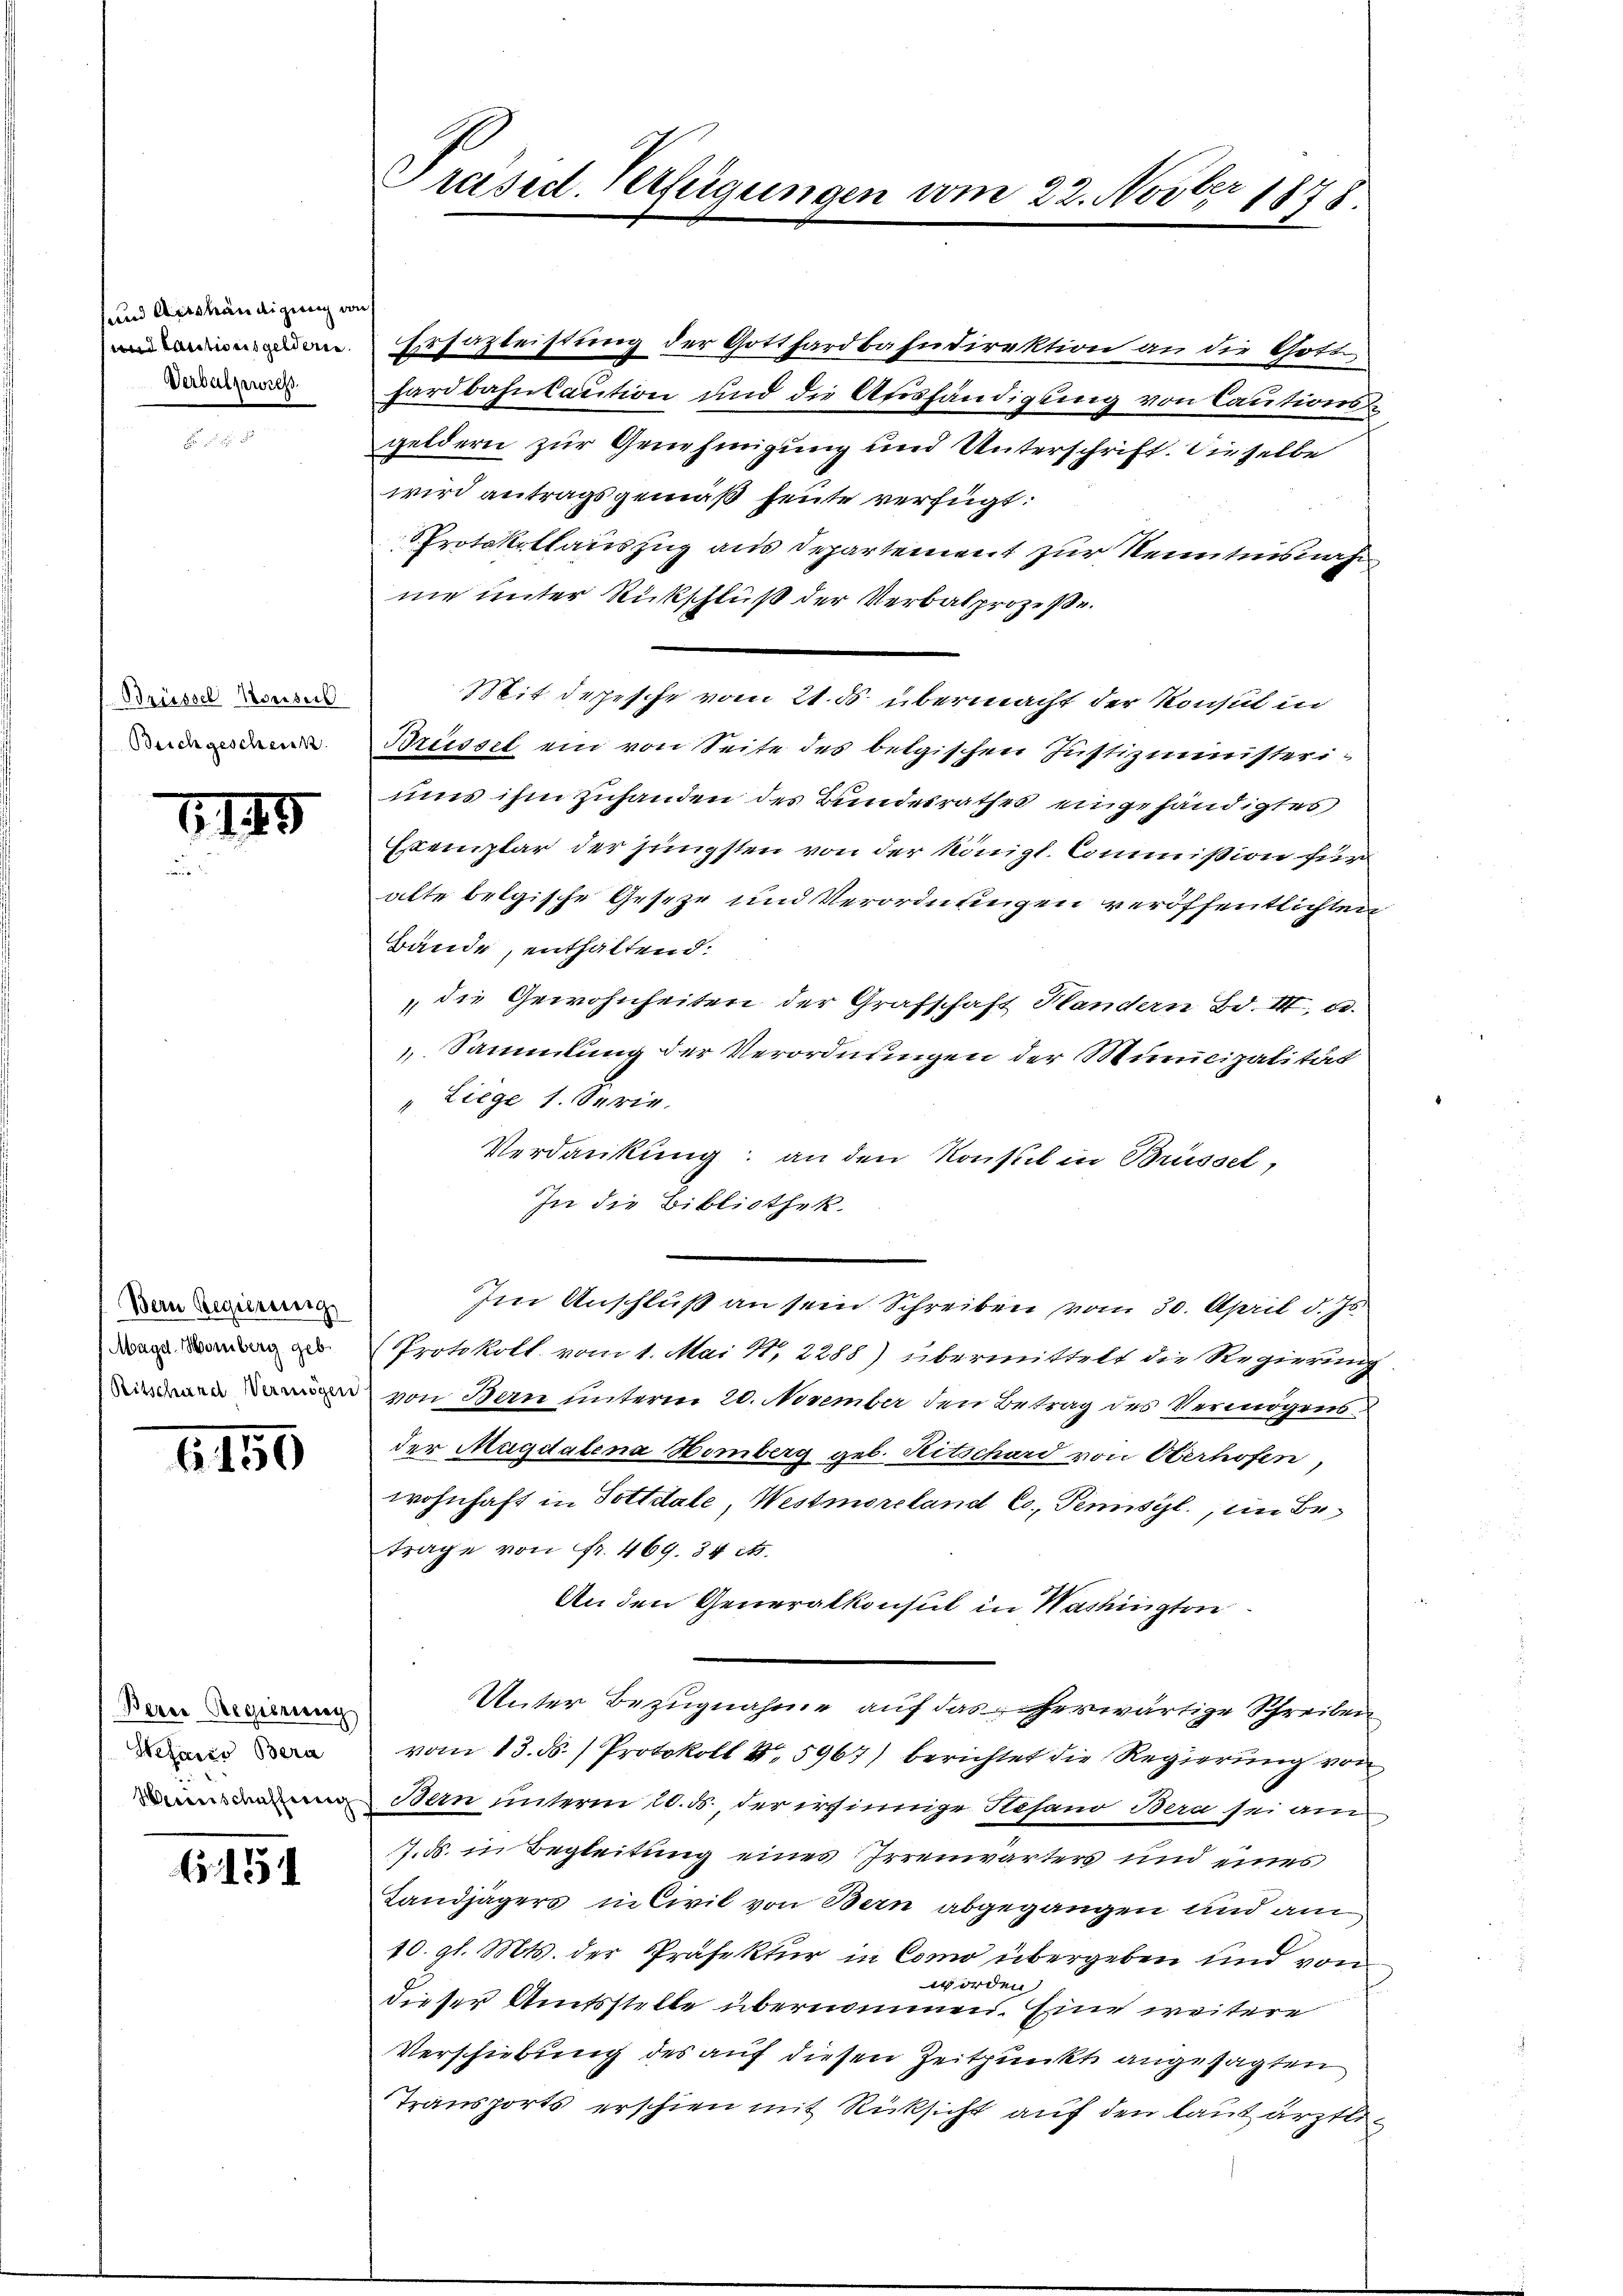
sund Aushändigung von
und Cautionsgeldern.
Verbalzwies

Driessel Konsers
Beichgeschein

619

Bern Regierenzig
1 Magd. Homberg geb.
Ritschend Vermögen

6150

Berer Regierenag
Stesario Bera
Hereinschafferenz

A 154

Präsid. Verfügungen vom 22. Novber 1878

Ersazleistung der Gotthardbahndirektion an die Gott
hardbahnbaution und die Afoshändigung von Cautionsgeldern zur Genehmigung und Unterschrift. Dieselbe
wird antragsgemäß heute verfügt:
Protokollauszug aus Departement zur Kenntnisnah
ne unter Rückschluß der Verbalprozesse.
Mit derjesche vom 21. ds. übermacht der Konsul in
Brüssel ein von Seite des belgischen Justizministeriuns ihm zuhanden des Bundesrathes eingehändigtes
Esemplar der jüngsten von der Königl. Commißion für
alte belgische Geseze und Verordnungen veröffentlichten
Bände, enthaltend:
die Gewohnheiten der Grafschaft Handern Bd. III, u.
Sammlung der Verordnungen der Municipalität
"Liege 1. Serie.
Verdankung an den Konsul in Brüssel,
In die Bibliothek.
Im Anschluß an sein Schreiben vom 30. April d. Js.
(Protokoll vom 1. Mai N. 2288) übermittelt die Regierung
von Bau unterm 20. November den Betrag des Vermögens
der Magdalena Homberg geb. Ritschard von Oberhofen,
wohnhaft in Pottiale, Westmoreland Co. Pensil., im Betrage von Fr. 469. 34 its.
An den Generalkonsul in Washington
Unter Bezugnahme auf das herwärtige Schreiben
vom 13. ds.) Protokoll N. 5967) berichtet die Regierung von
Bern unterm 20. ds. der irrsinnige Hesano Bera sei am
7.ds. in Begleitung eines Irrenwärters und eines
Landjägers in Civil von Bern abgegangen und am
10. gl. Mts. der Präfektur in Como übergeben und vom
worden
dieser Amtsstelle übernommen. Eine weitere
Verschiebung des auf diesen Zeitpunkt angesagten
Transports erschien mit Rücksicht auf den laut ärztli¬